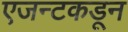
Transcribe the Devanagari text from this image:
एजन्टकडून